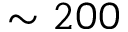
\sim 2 0 0